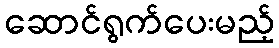
ဆောင်ရွက်ပေးမည့်